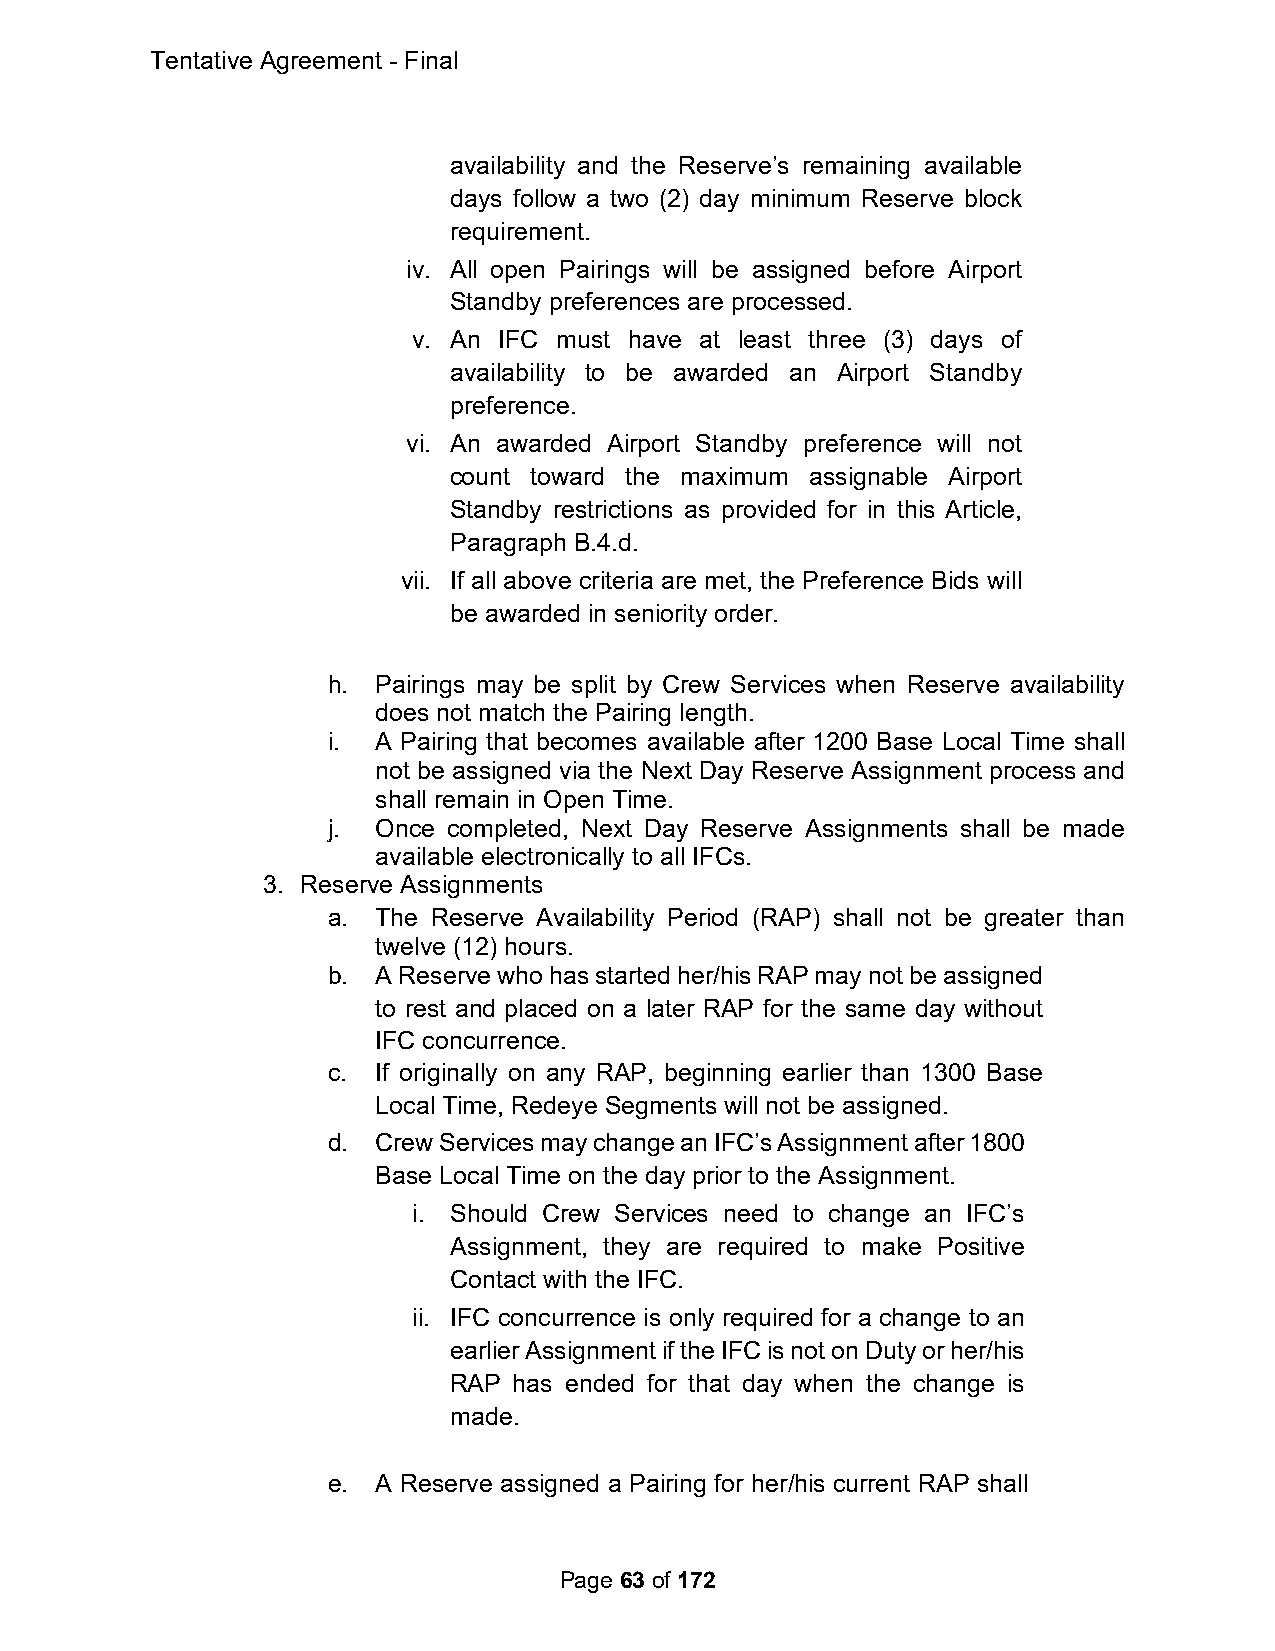
Tentative Agreement - Final
 availability and the Reserve’s remaining available
 days follow a two (2) day minimum Reserve block
 requirement.
 iv. All open Pairings will be assigned before Airport
 Standby preferences are processed.
 v. An IFC must have at least three (3) days of
 availability to be awarded an Airport Standby
 preference.
 vi. An awarded Airport Standby preference will not
 count toward the maximum assignable Airport
 Standby restrictions as provided for in this Article,
 Paragraph B.4.d.
 vii. If all above criteria are met, the Preference Bids will
 be awarded in seniority order.
 h. Pairings may be split by Crew Services when Reserve availability
 does not match the Pairing length.
 i. A Pairing that becomes available after 1200 Base Local Time shall
 not be assigned via the Next Day Reserve Assignment process and
 shall remain in Open Time.
 j. Once completed, Next Day Reserve Assignments shall be made
 available electronically to all IFCs.
 3. Reserve Assignments
 a. The Reserve Availability Period (RAP) shall not be greater than
 twelve (12) hours.
 b. A Reserve who has started her/his RAP may not be assigned
 to rest and placed on a later RAP for the same day without
 IFC concurrence.
 c. If originally on any RAP, beginning earlier than 1300 Base
 Local Time, Redeye Segments will not be assigned.
 d. Crew Services may change an IFC’s Assignment after 1800
 Base Local Time on the day prior to the Assignment.
 i. Should Crew Services need to change an IFC’s
 Assignment, they are required to make Positive
 Contact with the IFC.
 ii. IFC concurrence is only required for a change to an
 earlier Assignment if the IFC is not on Duty or her/his
 RAP has ended for that day when the change is
 made.
 e. A Reserve assigned a Pairing for her/his current RAP shall
 Page 63 of 172